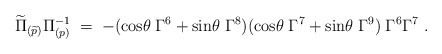
\begin{align*}\widetilde\Pi_{(\widetilde p)} \Pi_{(p)}^{-1} \; = \; - ({\rm cos}\theta\; \Gamma^6+ {\rm sin}\theta\; \Gamma^8)({\rm cos}\theta\; \Gamma^7+ {\rm sin}\theta\; \Gamma^9)\; \Gamma^6 \Gamma^7 \ .\end{align*}